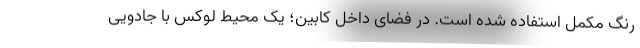
رنگ مکمل استفاده شده است. در فضای داخل کابین؛ یک محیط لوکس با جادویی